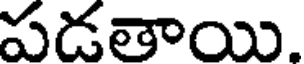
పడతాయి.